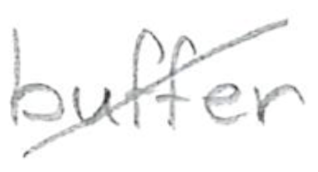
Text: buffer
Cross-out: diagonal
Writing tool: pencil